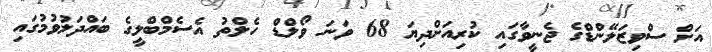
އަށް ސްވިޒަލޭންޑްގެ ޖެނީވާގައި ކުރިއަށްދިޔަ 68 ވަނަ ވޯލްޑް ހެލްތު އެސެމްބްލީގެ ބައްދަލުވުމުގައި